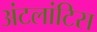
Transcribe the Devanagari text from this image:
अंटलांटिस